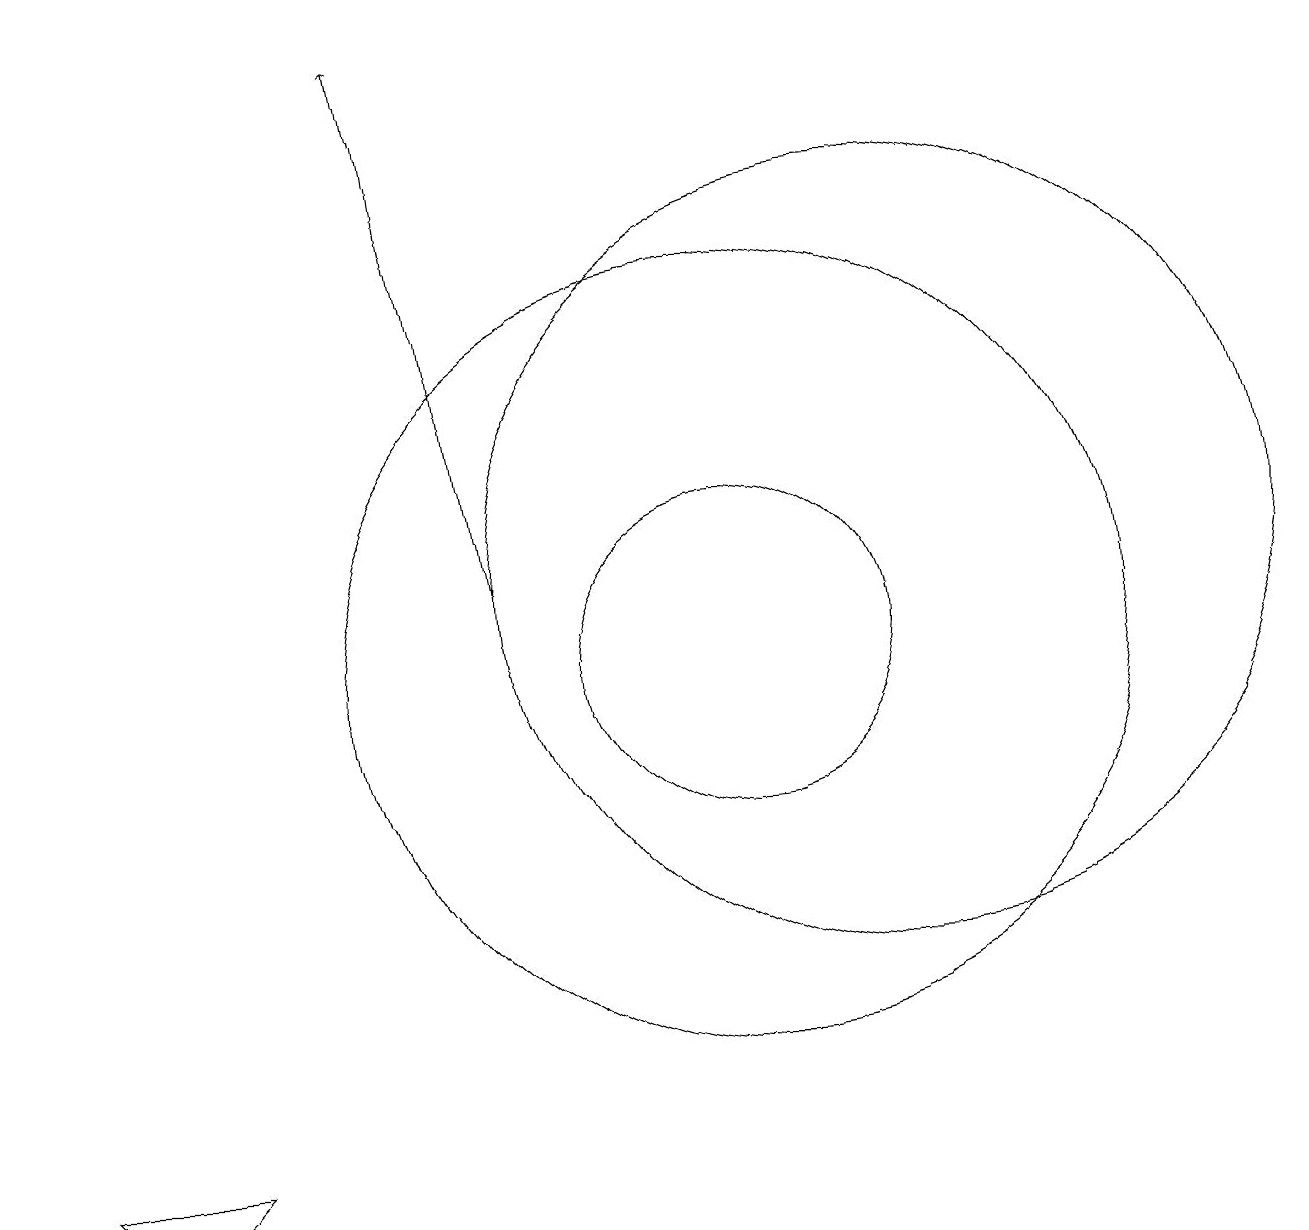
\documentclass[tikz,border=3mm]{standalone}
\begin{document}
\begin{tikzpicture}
\draw[->] (7,11) -- (6,18);
\draw (11,12) circle (0);
\draw (12,11) circle (5);
\draw (10,10) circle (5);
\draw (10,10) circle (2);
\draw (2,3) -- (3,4) -- (1,4) -- cycle;
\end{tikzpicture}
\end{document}